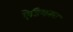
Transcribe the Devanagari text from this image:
ऐडिशनल